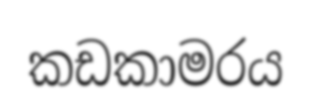
කඩකාමරය